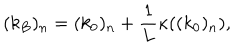
LaTeX: ( k _ { B } ) _ { n } = ( k _ { 0 } ) _ { n } + \frac { 1 } { L } \kappa ( ( k _ { 0 } ) _ { n } ) ,